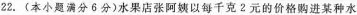
22. (本小题满分6分)水果店张阿姨以每千克2元的价格购进某种水